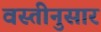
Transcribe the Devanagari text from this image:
वस्तीनुसार